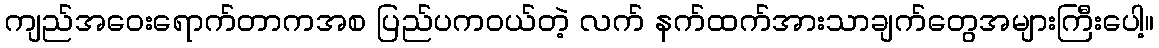
ကျည်အဝေးရောက်တာကအစ ပြည်ပကဝယ်တဲ့ လက် နက်ထက်အားသာချက်တွေအများကြီးပေါ့။